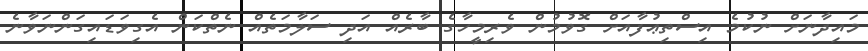
މައިދާނަށް ނުކުމެ އިސްތިޢުފާއަށް ގޮވުމުން ވެރިމީހާގެ ބާރެއް އަދި ސަލާމަތެއް ނެތްކަން އެގިވަޑައިގަންނަވާނެ